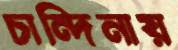
চান্দিনায়